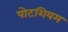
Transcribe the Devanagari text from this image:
पोटशियम